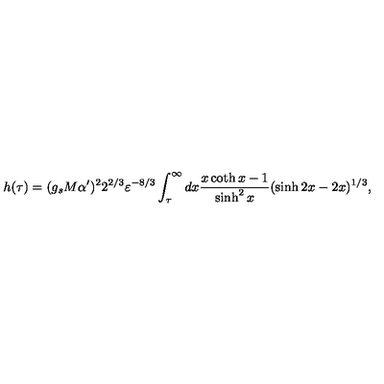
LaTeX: h ( \tau ) = ( g _ { s } M \alpha ^ { \prime } ) ^ { 2 } 2 ^ { 2 / 3 } \varepsilon ^ { - 8 / 3 } \int _ { \tau } ^ { \infty } d x { \frac { x \coth x - 1 } { \sinh ^ { 2 } x } } ( \sinh 2 x - 2 x ) ^ { 1 / 3 } ,